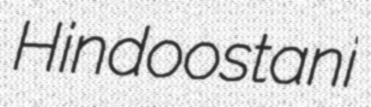
Hindoostani